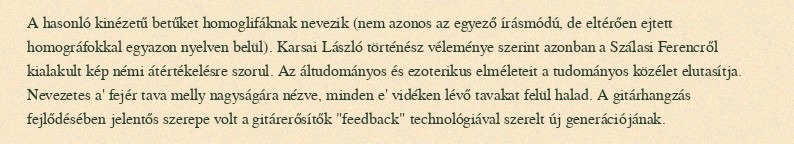
A hasonló kinézetű betűket homoglifáknak nevezik (nem azonos az egyező írásmódú, de eltérően ejtett homográfokkal egyazon nyelven belül). Karsai László történész véleménye szerint azonban a Szálasi Ferencről kialakult kép némi átértékelésre szorul. Az áltudományos és ezoterikus elméleteit a tudományos közélet elutasítja. Nevezetes a' fejér tava melly nagyságára nézve, minden e' vidéken lévő tavakat felül halad. A gitárhangzás fejlődésében jelentős szerepe volt a gitárerősítők "feedback" technológiával szerelt új generációjának.